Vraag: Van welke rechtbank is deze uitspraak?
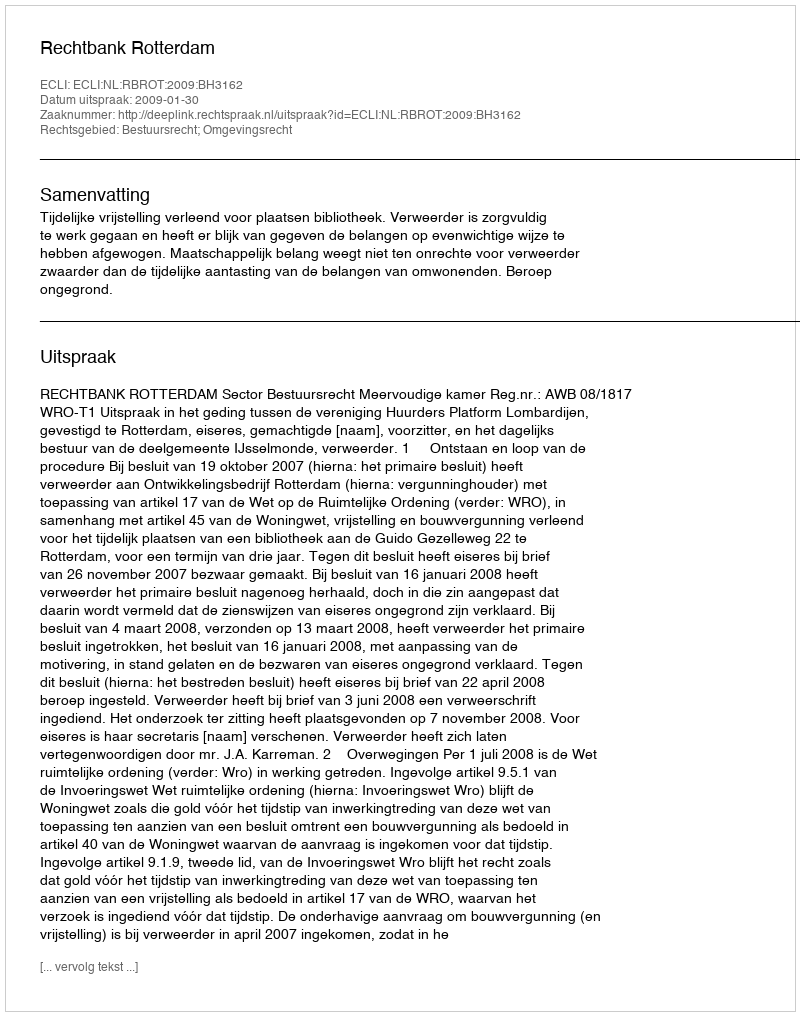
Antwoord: Rechtbank Rotterdam